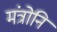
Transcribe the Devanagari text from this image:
मंत्रोनि